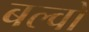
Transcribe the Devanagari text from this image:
बल्वों